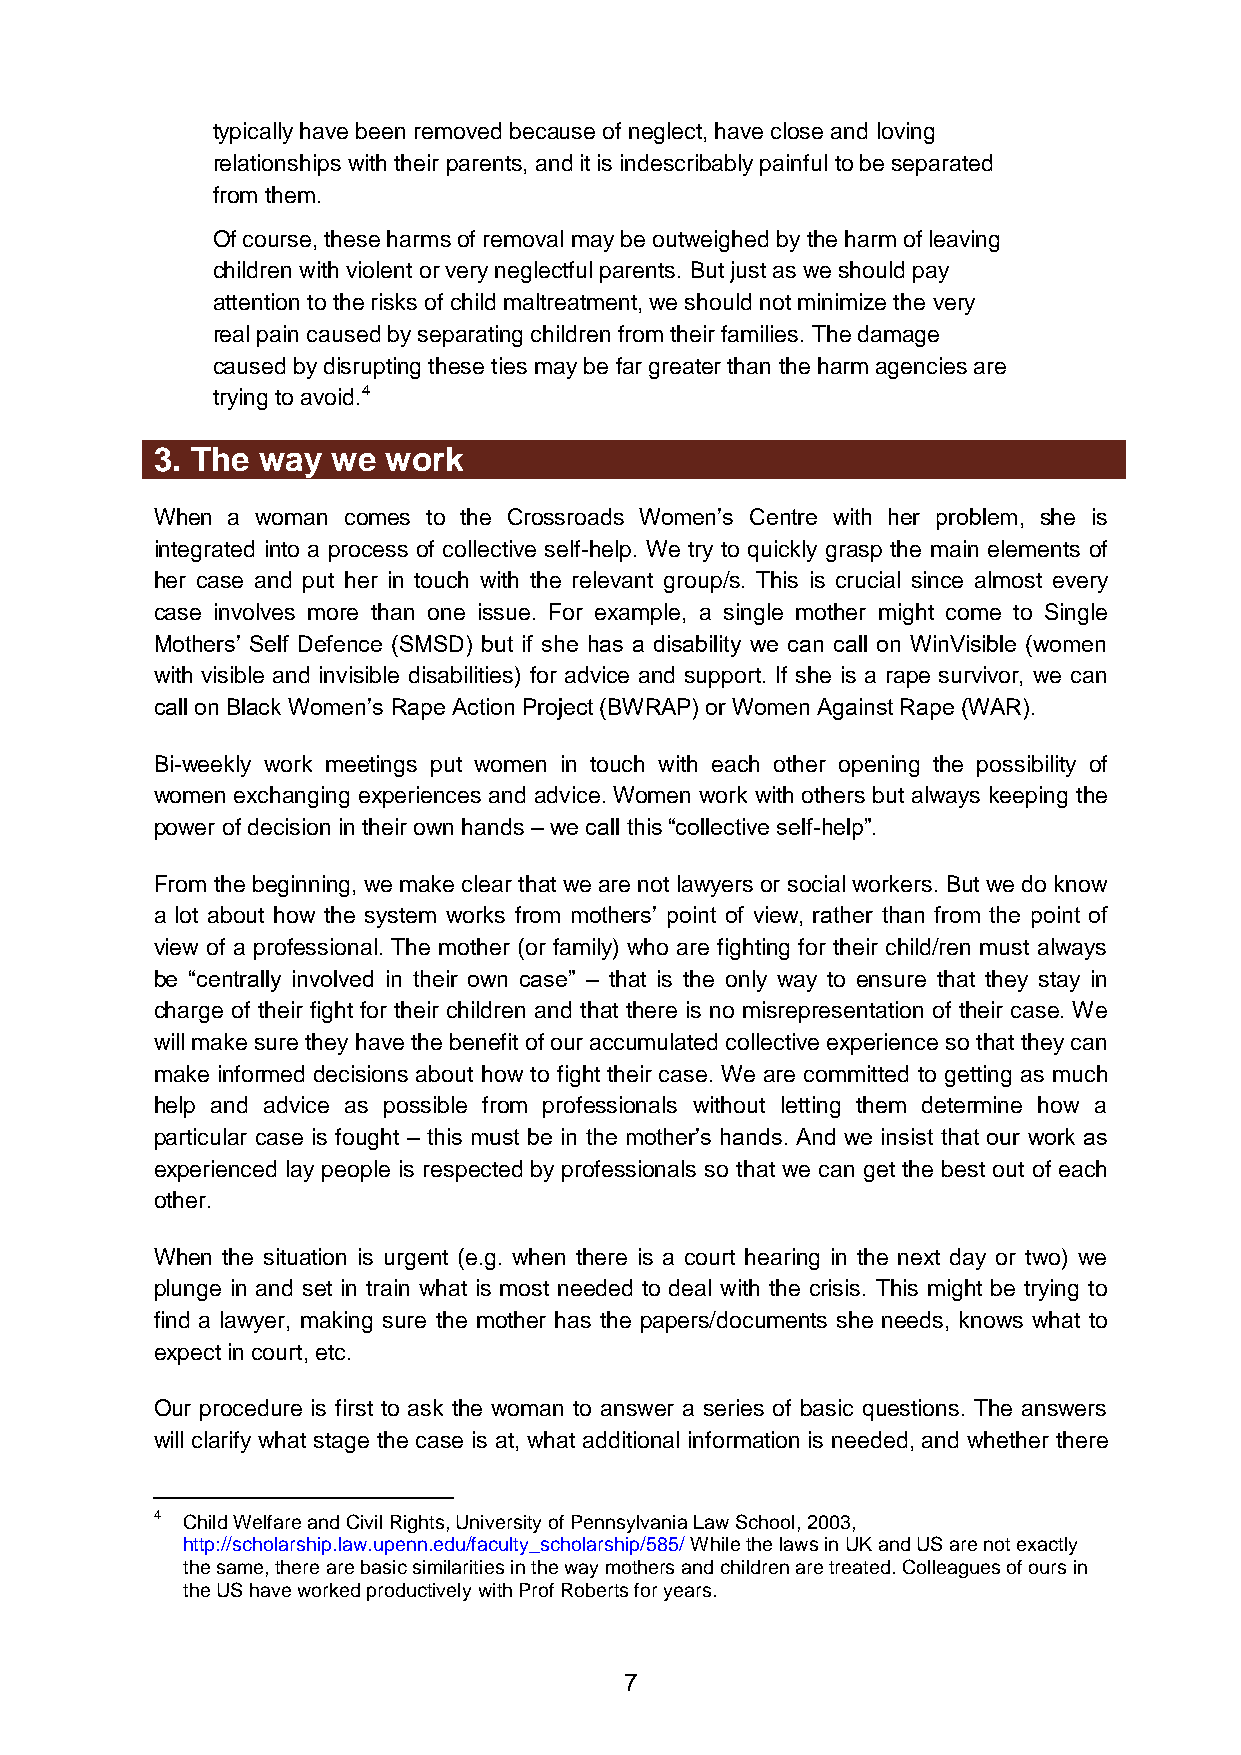
typically have been removed because of neglect, have close and loving
 relationships with their parents, and it is indescribably painful to be separated
 from them.
 Of course, these harms of removal may be outweighed by the harm of leaving
 children with violent or very neglectful parents. But just as we should pay
 attention to the risks of child maltreatment, we should not minimize the very
 real pain caused by separating children from their families. The damage
 caused by disrupting these ties may be far greater than the harm agencies are
 trying to avoid.4
 3. The way  we work
 When a woman comes to the Crossroads Women’s Centre with her problem, she is
 integrated into a process of collective self-help. We try to quickly grasp the main elements of
 her case and put her in touch with the relevant group/s. This is crucial since almost every
 case involves more than one issue. For example, a single mother might come to Single
 Mothers’ Self Defence (SMSD) but if she has a disability we can call on WinVisible (women
 with visible and invisible disabilities) for advice and support. If she is a rape survivor, we can
 call on Black Women’s Rape Action Project (BWRAP) or Women Against Rape (WAR).
 Bi-weekly work meetings put women in touch with each other opening the possibility of
 women exchanging experiences and advice. Women work with others but always keeping the
 power of decision in their own hands – we call this “collective self-help”.
 From the beginning, we make clear that we are not lawyers or social workers. But we do know
 a lot about how the system works from mothers’ point of view, rather than from the point of
 view of a professional. The mother (or family) who are fighting for their child/ren must always
 be “centrally involved in their own case” – that is the only way to ensure that they stay in
 charge of their fight for their children and that there is no misrepresentation of their case. We
 will make sure they have the benefit of our accumulated collective experience so that they can
 make informed decisions about how to fight their case. We are committed to getting as much
 help and advice as possible from professionals without letting them determine how a
 particular case is fought – this must be in the mother’s hands. And we insist that our work as
 experienced lay people is respected by professionals so that we can get the best out of each
 other.
 When the situation is urgent (e.g. when there is a court hearing in the next day or two) we
 plunge in and set in train what is most needed to deal with the crisis. This might be trying to
 find a lawyer, making sure the mother has the papers/documents she needs, knows what to
 expect in court, etc.
 Our procedure is first to ask the woman to answer a series of basic questions. The answers
 will clarify what stage the case is at, what additional information is needed, and whether there
 4 Child Welfare and Civil Rights, University of Pennsylvania Law School, 2003,
 http://scholarship.law.upenn.edu/faculty_scholarship/585/ While the laws in UK and US are not exactly
 the same, there are basic similarities in the way mothers and children are treated. Colleagues of ours in
 the US have worked productively with Prof Roberts for years.
 7